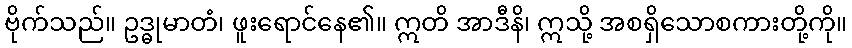
ဗိုက်သည်။ ဥဒ္ဓုမာတံ၊ ဖူးရောင်နေ၏။ ဣတိ အာဒီနိ၊ ဣသို့ အစရှိသောစကားတို့ကို။